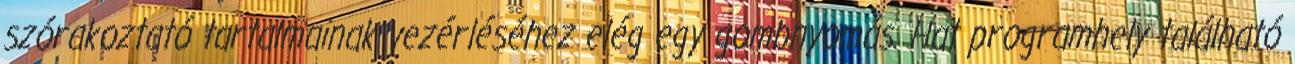
szórakoztató tartalmainak vezérléséhez elég egy gombnyomás. Hat programhely található